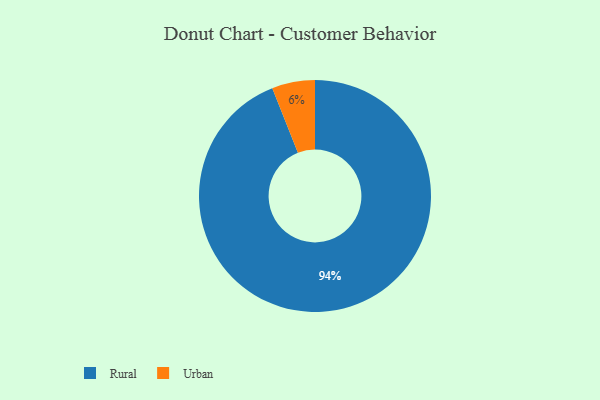
{"axis": {"x": "Category", "y": "Percentage"}, "legend": ["Rural", "Urban"], "data": [{"x": "Rural", "y": 94, "type": "Rural"}, {"x": "Urban", "y": 6, "type": "Urban"}]}